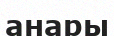
анары